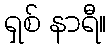
ရှစ် နာရီ။